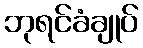
ဘုရင်ခံချုပ်